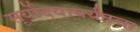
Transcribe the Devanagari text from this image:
सूर्योदयापर्यंतचा